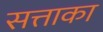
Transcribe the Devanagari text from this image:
सत्ताका